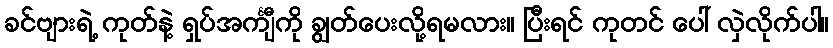
ခင်ဗျားရဲ့ ကုတ်နဲ့ ရှပ်အင်္ကျီကို ချွတ်ပေးလို့ရမလား။ ပြီးရင် ကုတင် ပေါ် လှဲလိုက်ပါ။